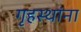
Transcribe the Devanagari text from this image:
गृहस्थांना